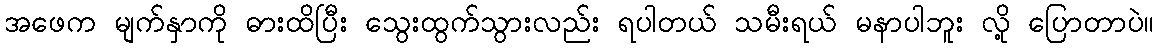
အဖေက မျက်နှာကို ဓားထိပြီး သွေးထွက်သွားလည်း ရပါတယ် သမီးရယ် မနာပါဘူး လို့ ပြောတာပဲ။